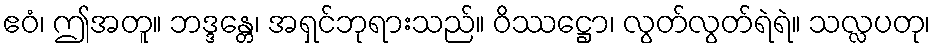
ဧဝံ၊ ဤအတူ။ ဘဒ္ဒန္တေ၊ အရှင်ဘုရားသည်။ ဝိဿဋ္ဌော၊ လွတ်လွတ်ရဲရဲ။ သလ္လပတု၊